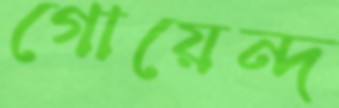
গোয়েন্দ